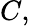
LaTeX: C,